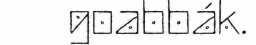
goabbák.